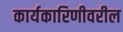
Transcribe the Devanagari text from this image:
कार्यकारिणीवरील